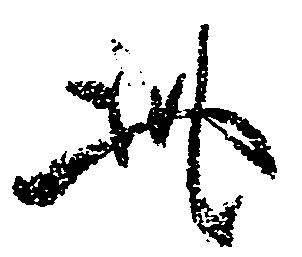
此